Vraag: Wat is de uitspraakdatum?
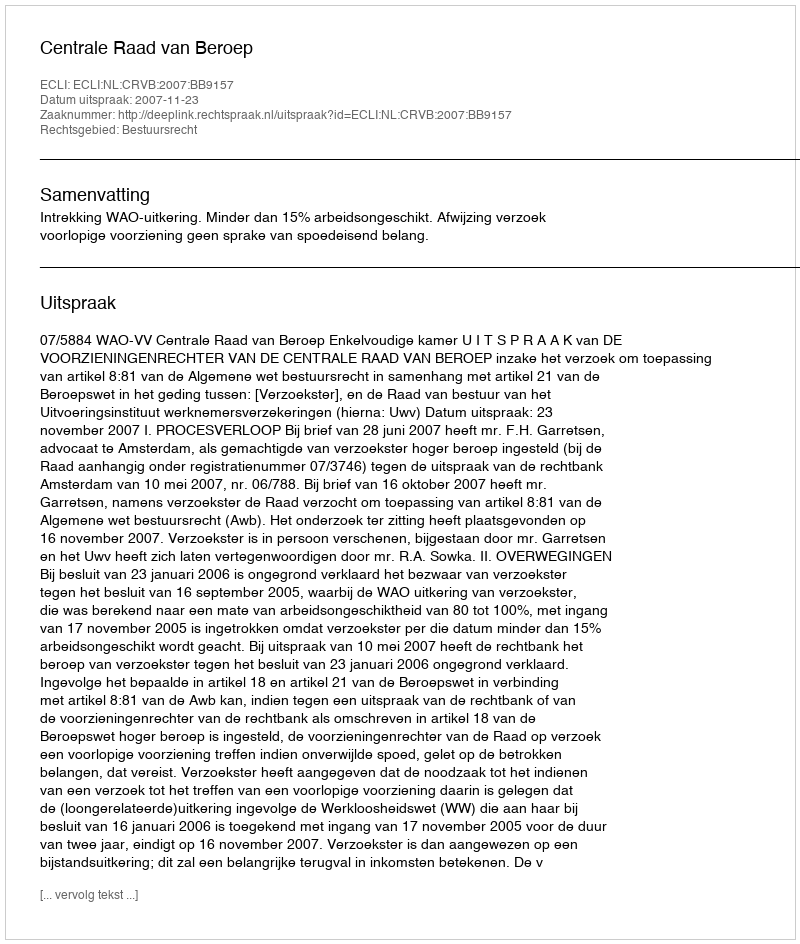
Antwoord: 2007-11-23